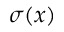
\sigma ( { \boldsymbol { x } } )